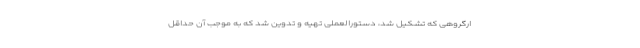
ارگروهی که تشکیل شد، دستورالعملی تهیه و تدوین شد که به موجب آن حداقل